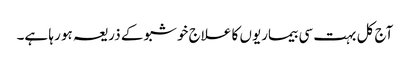
آج کل بہت سی بیماریوں کا علاج خوشبو کے ذریعہ ہو رہا ہے۔